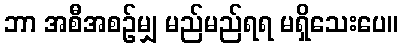
ဘာ အစီအစဉ်မျှ မည်မည်ရရ မရှိသေးပေ။